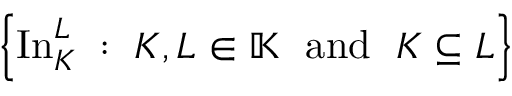
\left\{ \operatorname { I n } _ { K } ^ { L } \; : \; K , L \in \mathbb { K } \; { \mathrm { ~ a n d ~ } } \; K \subseteq L \right\}